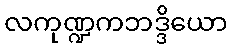
လကုဏ္ဍကဘဒ္ဒိယော